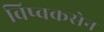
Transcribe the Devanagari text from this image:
विष्वकसेन